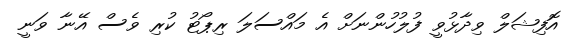
އޮފިޝަލް ވިދާޅުވީ ފުލުހުންނަށް އެ މައްސަލަ ރިޕޯޓު ކުރި ވެސް އޭނާ ވަނީ